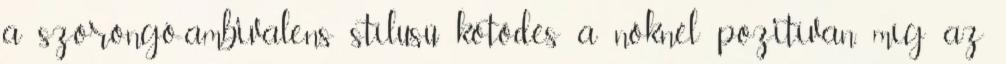
a szorongó-ambivalens stílusú kötődés a nőknél pozitívan, míg az